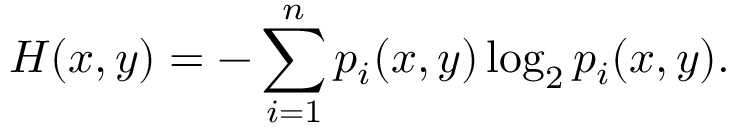
H ( x , y ) = - \sum _ { i = 1 } ^ { n } p _ { i } ( x , y ) \log _ { 2 } { p _ { i } ( x , y ) } .